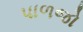
પાળજો